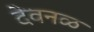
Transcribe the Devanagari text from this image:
देवनळ